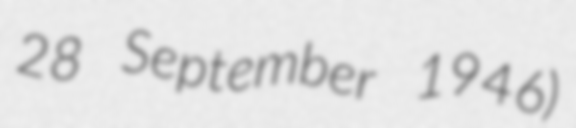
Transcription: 28 September 1946)